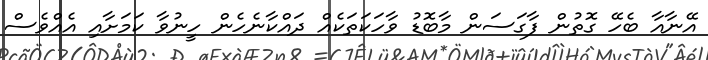
އޭނާއާ ބެހޭ ގޮތުން ފާގަސަން މާބޮޑު ވާހަކަތަކެއް ދައްކާނެހެން ހީނުވާ ކަމަށާއި އެއްވެސް